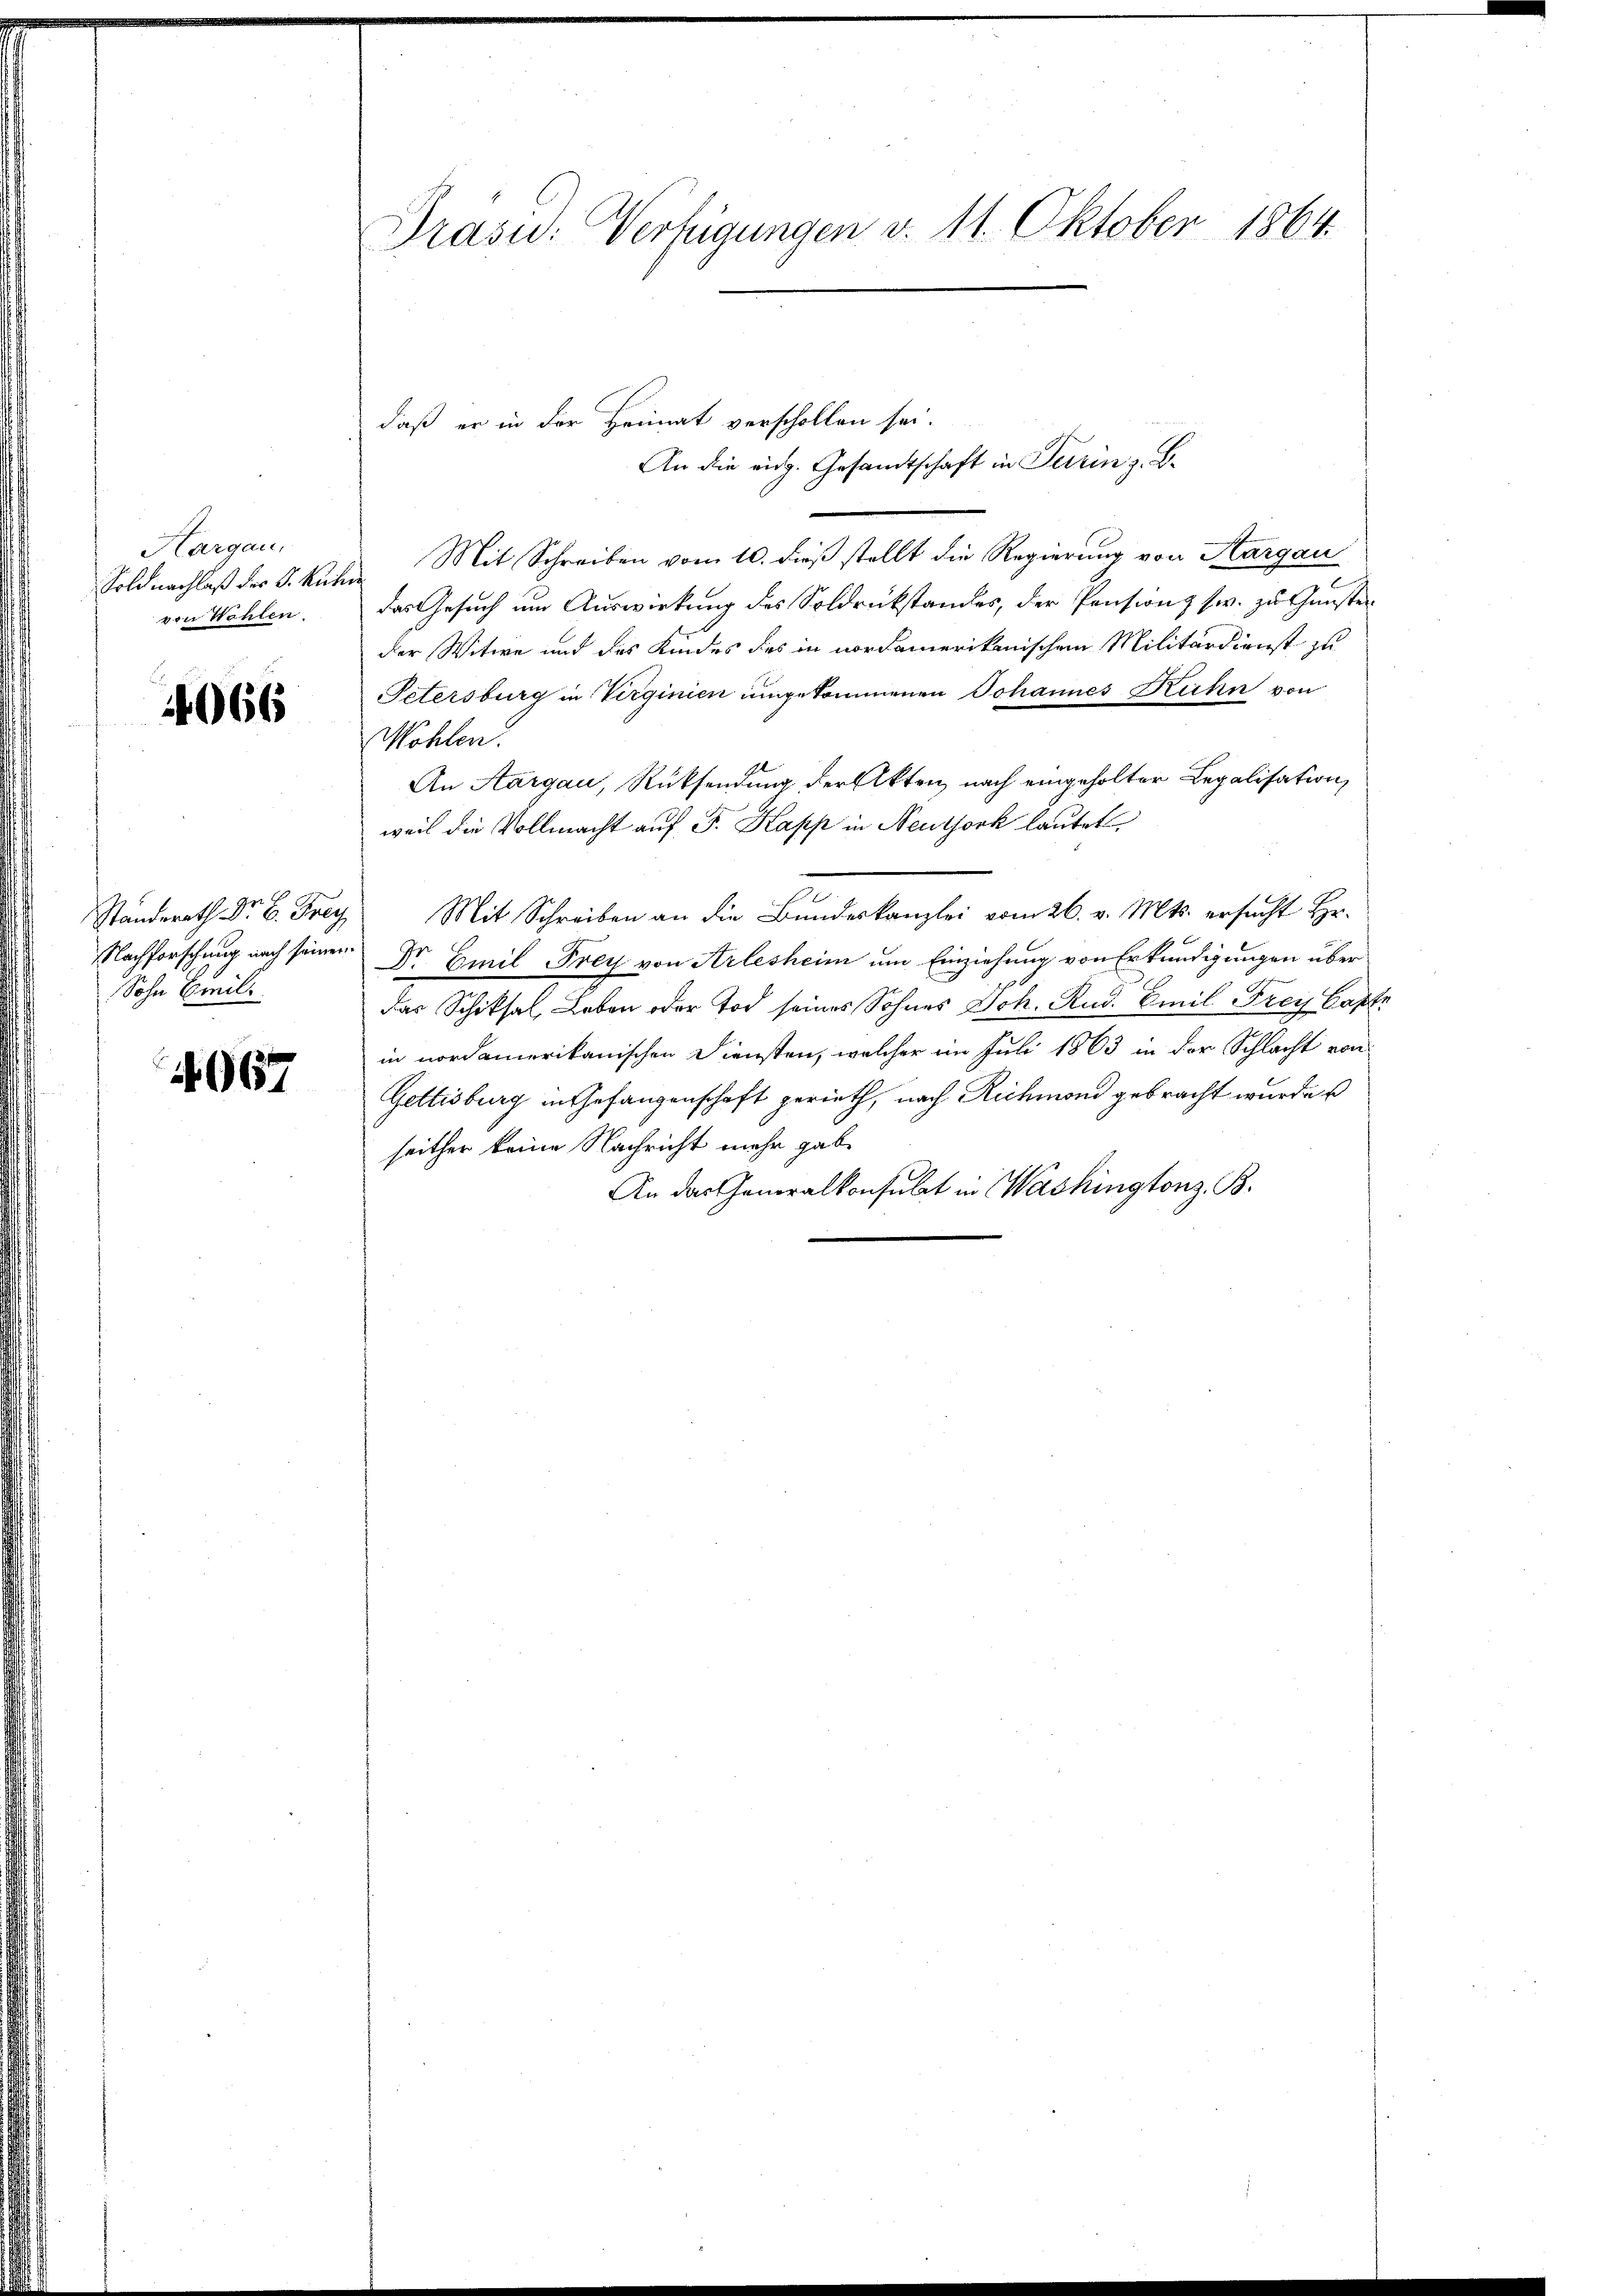
Hargau,
von Wohlen.

4066

daß er in der Heimat verschollen sei.
Soldnachlaß der S. Kühen Mit Schreiben vom 10. dieß stellt die Regierung von Aargau
das Gesuch um Auswirkung des Soldrückstandes, der Pension (w. zu Gunste
der Witwe und des Kindes des in nordamerikanischen Militärdienst zu
Petersburg in Virginien umgekommenen Johannes Kuhn von
Wöhlen.
An Aargau, Rücksendung der Akten nach eingeholter Legalisation,
weil die Vollmacht auf Fr. Kapp in Neutjork lautet
Ständerath Dr. C. Frey Mit Schreiben an die Bŭndeskanzlei vom 26. v. Mts. ersucht Hr.
Nachforschung nach seinen Dr Emil Frey von Arlesheim um Einziehung von Erkundigungen über
das Schiksal, Leben oder Tod seines Sohnes Joh. Rud. Emil Frey Capte
in nordamerikanischen Diensten, welcher im Juli 1863 in der Schlacht von
Gettisburg in Gefangenschaft gerieth, nach Richmond gebracht wurde
seither keine Nachricht mehr gabe
An das Generalkonsulat in Washingtonz. B.

Sohn Emil

4967

Präsid.: Verfügungen v. 11. Oktober 1864.

An die eidg. Gesandtschaft in Turin z. B.